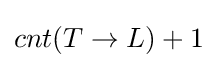
cnt(T\rightarrow L)+1